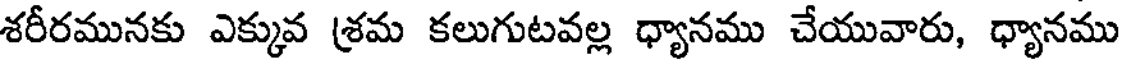
శరీరమునకు ఎక్కువ శ్రమ కలుగుటవల్ల ధ్యానము చేయువారు, ధ్యానము